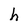
Character: h